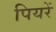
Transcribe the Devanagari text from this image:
पियरें